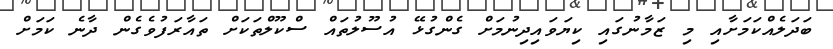
ބަދަލެއްކަަމަށާއި މި ޒަމާނުގައި ކިޔަވައިދިނުމަށް ގެންގުޅޭ އުސޫލުތައް ސްކޫލްތަކަށް ތައާރަފުވެގެން ދާނެ ކަމަށް